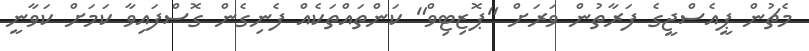
މެޗުން ޕީއެސްޖީގެ ފަރާތުން ވަރަށް "ޕޮޒިޓިވް" ކަންތައްތަކެއް ފެނިގެން ގޮސްފައިވާ ކަމަށް ކަވާނީ